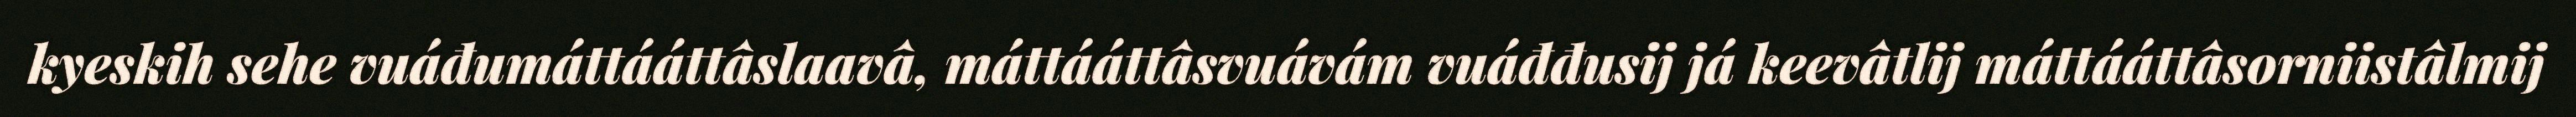
kyeskih sehe vuáđumáttááttâslaavâ, máttááttâsvuávám vuáđđusij já keevâtlij máttááttâsorniistâlmij